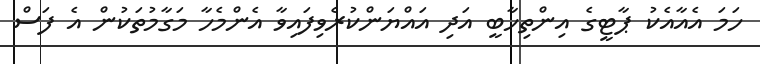
ހަމަ އެއާއެކު ޕާޓީގެ އިންތިހާބީ އަދި އައްޔަންކުރެވިފައިވާ އެންމެހާ މަގާމުތަކުން އެ ފަސް